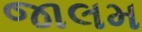
જાલમ